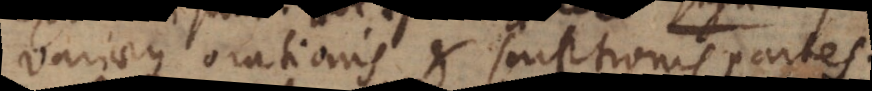
variaeque orationis et scriptionis partes.